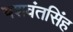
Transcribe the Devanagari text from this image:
यशवंतसिंह